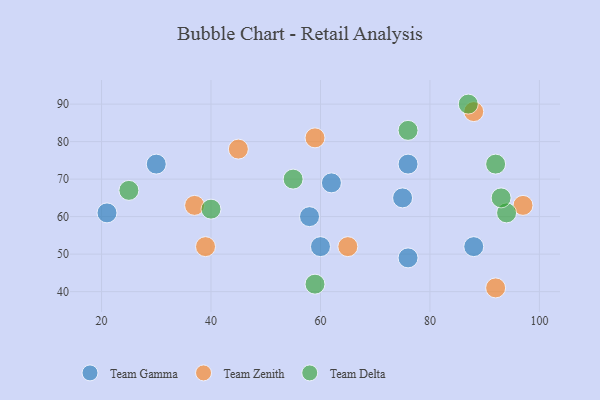
{"axis": {"x": "GDP", "y": "Life Expectancy"}, "legend": ["Team Delta", "Team Gamma", "Team Zenith"], "data": [{"x": "75", "y": 65, "type": "Team Gamma"}, {"x": "21", "y": 61, "type": "Team Gamma"}, {"x": "60", "y": 52, "type": "Team Gamma"}, {"x": "76", "y": 49, "type": "Team Gamma"}, {"x": "88", "y": 52, "type": "Team Gamma"}, {"x": "76", "y": 74, "type": "Team Gamma"}, {"x": "30", "y": 74, "type": "Team Gamma"}, {"x": "58", "y": 60, "type": "Team Gamma"}, {"x": "62", "y": 69, "type": "Team Gamma"}, {"x": "59", "y": 81, "type": "Team Zenith"}, {"x": "39", "y": 52, "type": "Team Zenith"}, {"x": "88", "y": 88, "type": "Team Zenith"}, {"x": "65", "y": 52, "type": "Team Zenith"}, {"x": "92", "y": 41, "type": "Team Zenith"}, {"x": "37", "y": 63, "type": "Team Zenith"}, {"x": "45", "y": 78, "type": "Team Zenith"}, {"x": "97", "y": 63, "type": "Team Zenith"}, {"x": "55", "y": 70, "type": "Team Delta"}, {"x": "76", "y": 83, "type": "Team Delta"}, {"x": "59", "y": 42, "type": "Team Delta"}, {"x": "40", "y": 62, "type": "Team Delta"}, {"x": "92", "y": 74, "type": "Team Delta"}, {"x": "94", "y": 61, "type": "Team Delta"}, {"x": "87", "y": 90, "type": "Team Delta"}, {"x": "93", "y": 65, "type": "Team Delta"}, {"x": "25", "y": 67, "type": "Team Delta"}]}